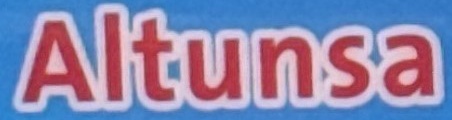
Altunsa